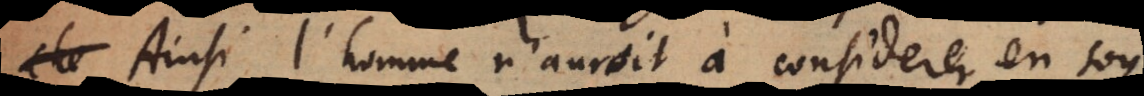
Ainsi l’homme n’auroit à considerer en soy